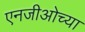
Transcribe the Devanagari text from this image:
एनजीओच्या